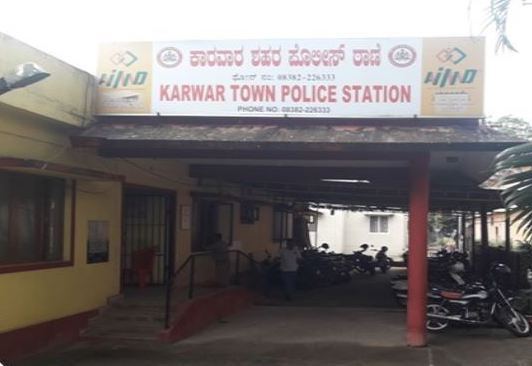
Language: kannada
Transcription: ಕಾರವಾರ ಪೊಲೀಸ್